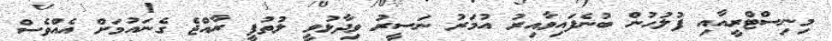
މިނިސްޓްރީއާއި ފުލުހުން ބުނެފައިވާއިރު އުމަރު ނަސީރު ވިދާޅުވީ ލުތުފީ ރާއްޖެ ގެނައުމަށް އެއްވެސް